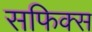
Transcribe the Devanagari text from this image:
सफिक्स